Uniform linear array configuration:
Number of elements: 16
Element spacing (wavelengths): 0.5
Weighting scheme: kaiser
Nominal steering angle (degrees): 0
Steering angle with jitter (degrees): -0.1062
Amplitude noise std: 0.05
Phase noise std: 0.05

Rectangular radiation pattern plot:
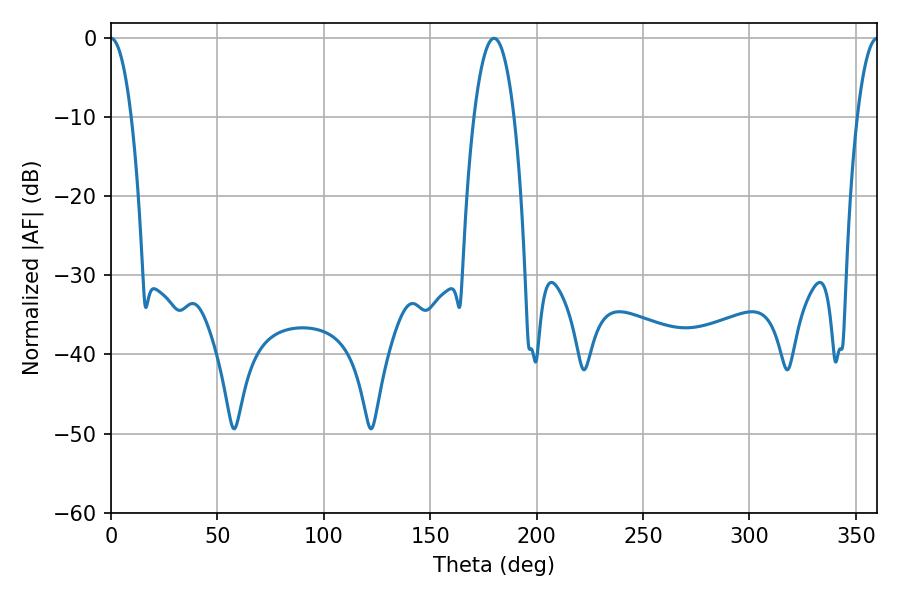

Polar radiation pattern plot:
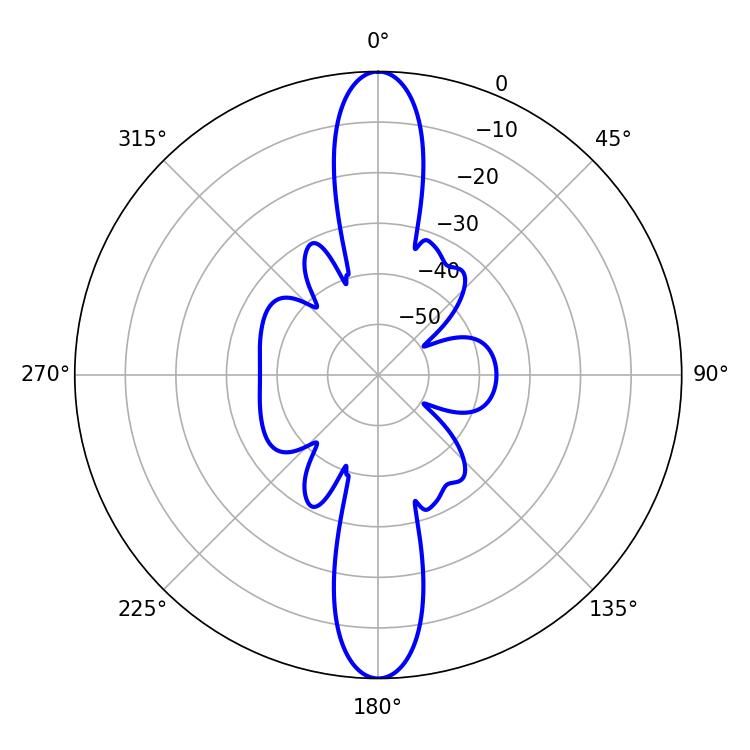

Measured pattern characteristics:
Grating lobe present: FALSE
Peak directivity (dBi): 41.405
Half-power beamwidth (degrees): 5.22
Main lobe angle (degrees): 0